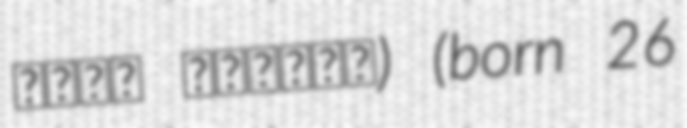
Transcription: مهدي التاجر) (born 26